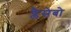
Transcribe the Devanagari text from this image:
प्लैसेबो